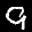
Label: 9